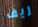
ريف